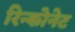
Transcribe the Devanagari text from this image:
रिन्कोनेट